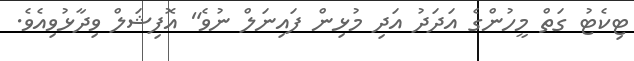
ޓިކެޓު ގަތް މީހުންގެ އަދަދު އަދި މުޅިން ފައިނަލް ނުވެ" އޮފިޝަލް ވިދާޅުވިއެވެ.